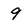
Character: 9